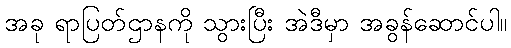
အခု ရာပြတ်ဌာနကို သွားပြီး အဲဒီမှာ အခွန်ဆောင်ပါ။